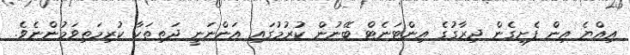
އިއްޔެ އިން ފެށިގެން ދިރާގުގެ އިންޓަނެޓް ބޭނުން ކުރުމުގައި އަންނަނީ ދަތިތަކާ ކުރިމަތިވަމުންނެވެ.